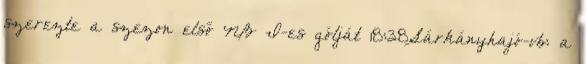
szerezte a szezon első NB I-es gólját 18:38Sárkányhajó-vb: a